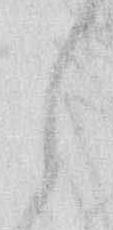
ら